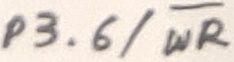
Text: P3.6/WR